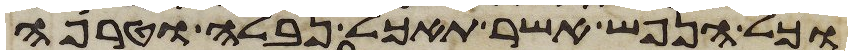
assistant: וכל הנפש אשר תאכל נבלה וטרפה